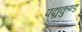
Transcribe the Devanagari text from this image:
पद्मकुण्ड